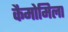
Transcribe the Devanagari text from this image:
कैमोमिला